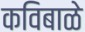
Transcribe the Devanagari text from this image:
कविबाळे